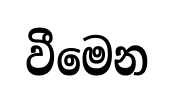
වීමෙන